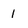
Character: 1